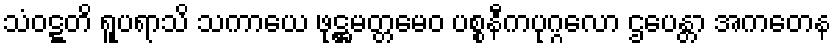
သံဝဋ္ဋတိ ရူပရာသိ သကာယေ ဖုဋ္ဌမတ္တမေဝ ပစ္စနီကပုဂ္ဂလော ဌပေန္တာ အကတေန